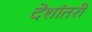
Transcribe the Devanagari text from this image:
देशांतरी